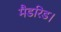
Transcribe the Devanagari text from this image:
मैडरिड।